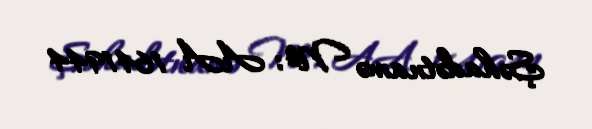
Şəhadətnamə №: AA 1641944